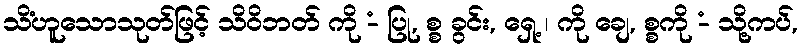
သိံဟူသောသုတ်ဖြင့် သိဝိဘတ် ကို -ံ ပြု, စ္စ ခွင်း, ရှေ့ ၊ ကို ချေ, စ္စကို -ံ သို့ကပ်,